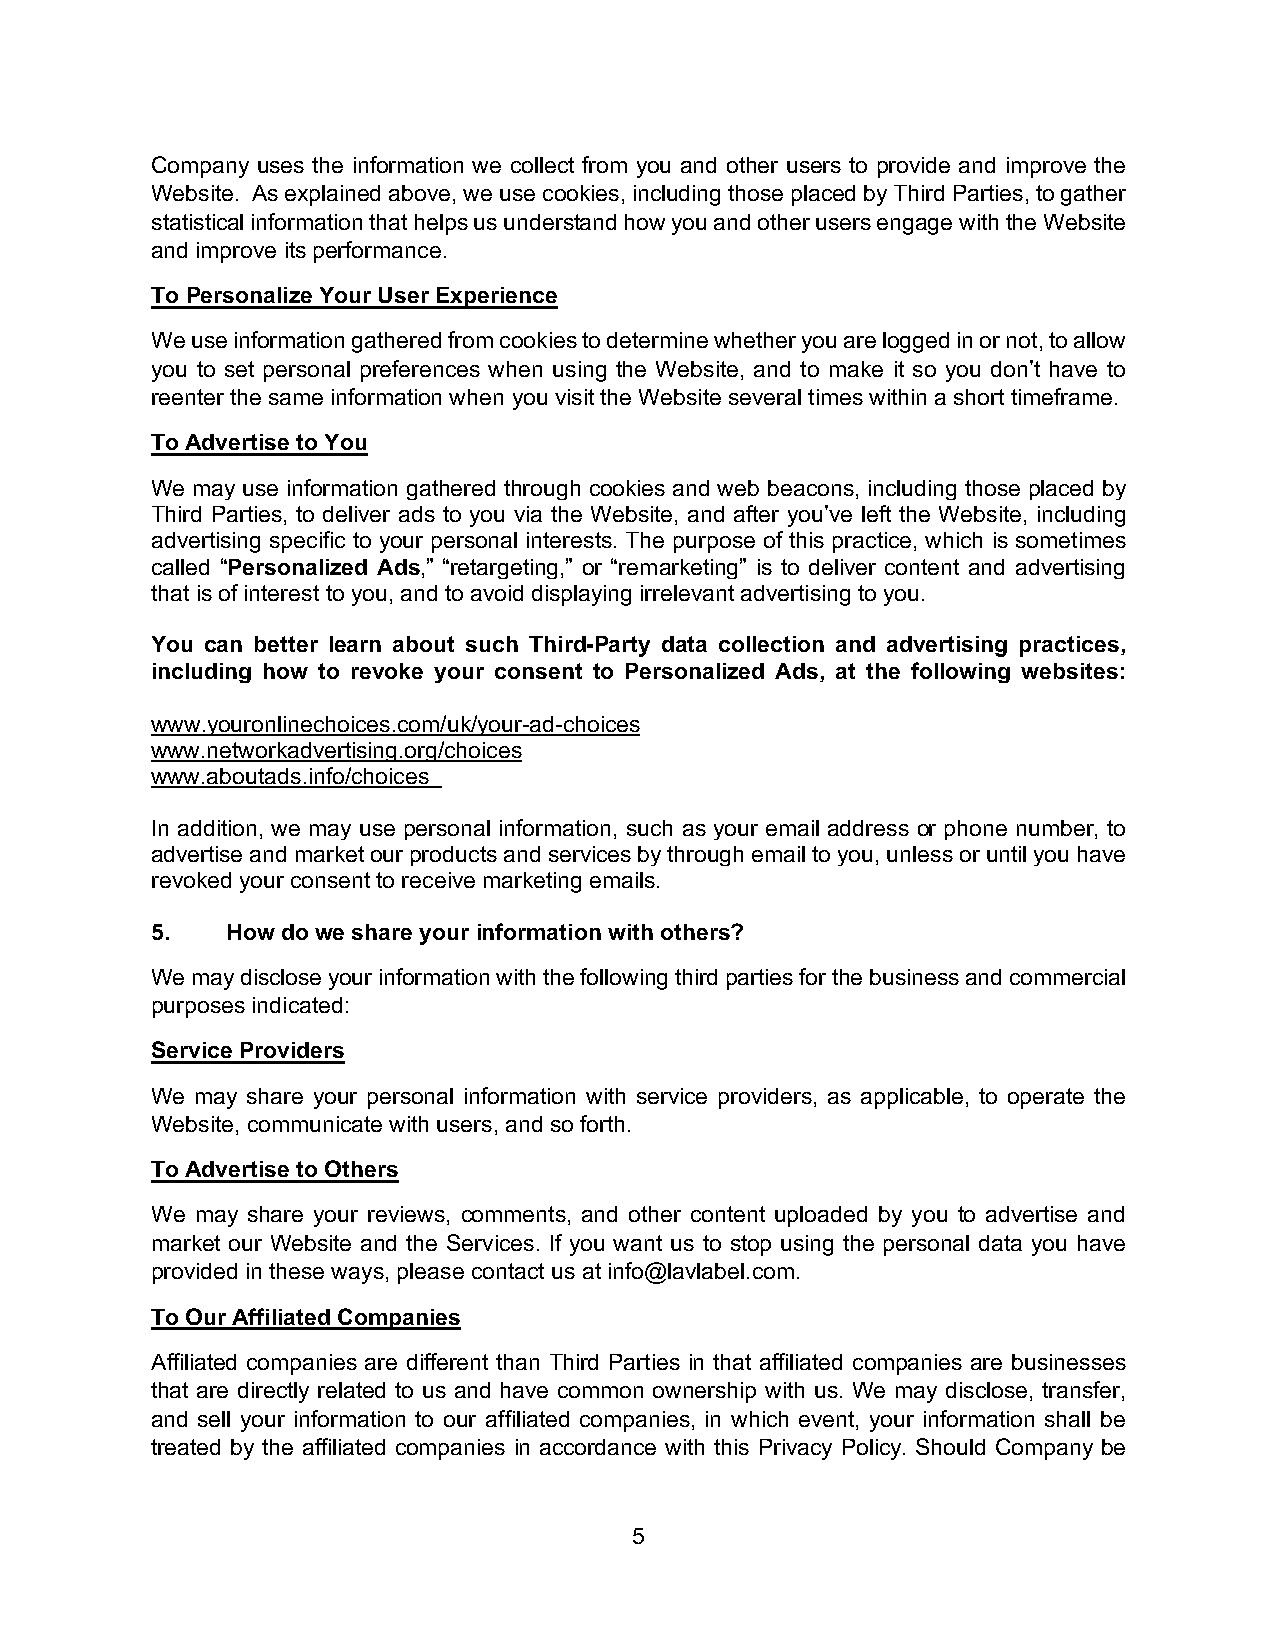
Company uses the information we collect from you and other users to provide and improve the
 Website. As explained above, we use cookies, including those placed by Third Parties, to gather
 statistical information that helps us understand how you and other users engage with the Website
 and improve its performance.
 To Personalize Your User Experience
 We use information gathered from cookies to determine whether you are logged in or not, to allow
 you to set personal preferences when using the Website, and to make it so you don’t have to
 reenter the same information when you visit the Website several times within a short timeframe.
 To Advertise to You
 We may use information gathered through cookies and web beacons, including those placed by
 Third Parties, to deliver ads to you via the Website, and after you’ve left the Website, including
 advertising specific to your personal interests. The purpose of this practice, which is sometimes
 called “Personalized Ads,” “retargeting,” or “remarketing” is to deliver content and advertising
 that is of interest to you, and to avoid displaying irrelevant advertising to you.
 You can better learn about such Third-Party data collection and advertising practices,
 including how to revoke your consent to Personalized Ads, at the following websites:
 www.youronlinechoices.com/uk/your-ad-choices
 www.networkadvertising.org/choices
 www.aboutads.info/choices
 In addition, we may use personal information, such as your email address or phone number, to
 advertise and market our products and services by through email to you, unless or until you have
 revoked your consent to receive marketing emails.
 5.   How do we share your information with others?
 We may disclose your information with the following third parties for the business and commercial
 purposes indicated:
 Service Providers
 We may share your personal information with service providers, as applicable, to operate the
 Website, communicate with users, and so forth.
 To Advertise to Others
 We may share your reviews, comments, and other content uploaded by you to advertise and
 market our Website and the Services. If you want us to stop using the personal data you have
 provided in these ways, please contact us at info@lavlabel.com.
 To Our Affiliated Companies
 Affiliated companies are different than Third Parties in that affiliated companies are businesses
 that are directly related to us and have common ownership with us. We may disclose, transfer,
 and sell your information to our affiliated companies, in which event, your information shall be
 treated by the affiliated companies in accordance with this Privacy Policy. Should Company be
 5